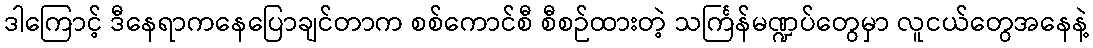
ဒါကြောင့် ဒီနေရာကနေပြောချင်တာက စစ်ကောင်စီ စီစဉ်ထားတဲ့ သင်္ကြန်မဏ္ဍပ်တွေမှာ လူငယ်တွေအနေနဲ့